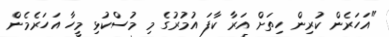
"އަހަރެން ކުރިން ހިތަށް އަރާ ކާފަ އުމުރުގެ މި މުސްކުޅި މީހާ އަހަރެމެން